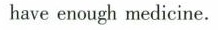
have enough medicine.